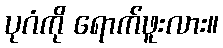
ပုဂံကို ရောက်ဖူးလား။